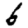
Digit: 6